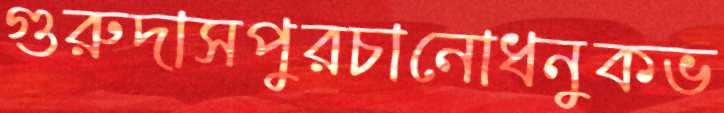
গুরুদাসপুরচানোধনুকভ